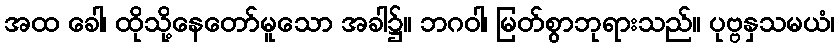
အထ ခေါ၊ ထိုသို့နေတော်မူသော အခါ၌။ ဘဂဝါ၊ မြတ်စွာဘုရားသည်။ ပုဗ္ဗနှသမယံ၊